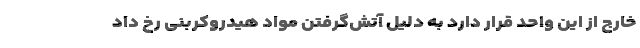
خارج از این واحد قرار دارد به دلیل آتش‌گرفتن مواد هیدروکربنی رخ داد